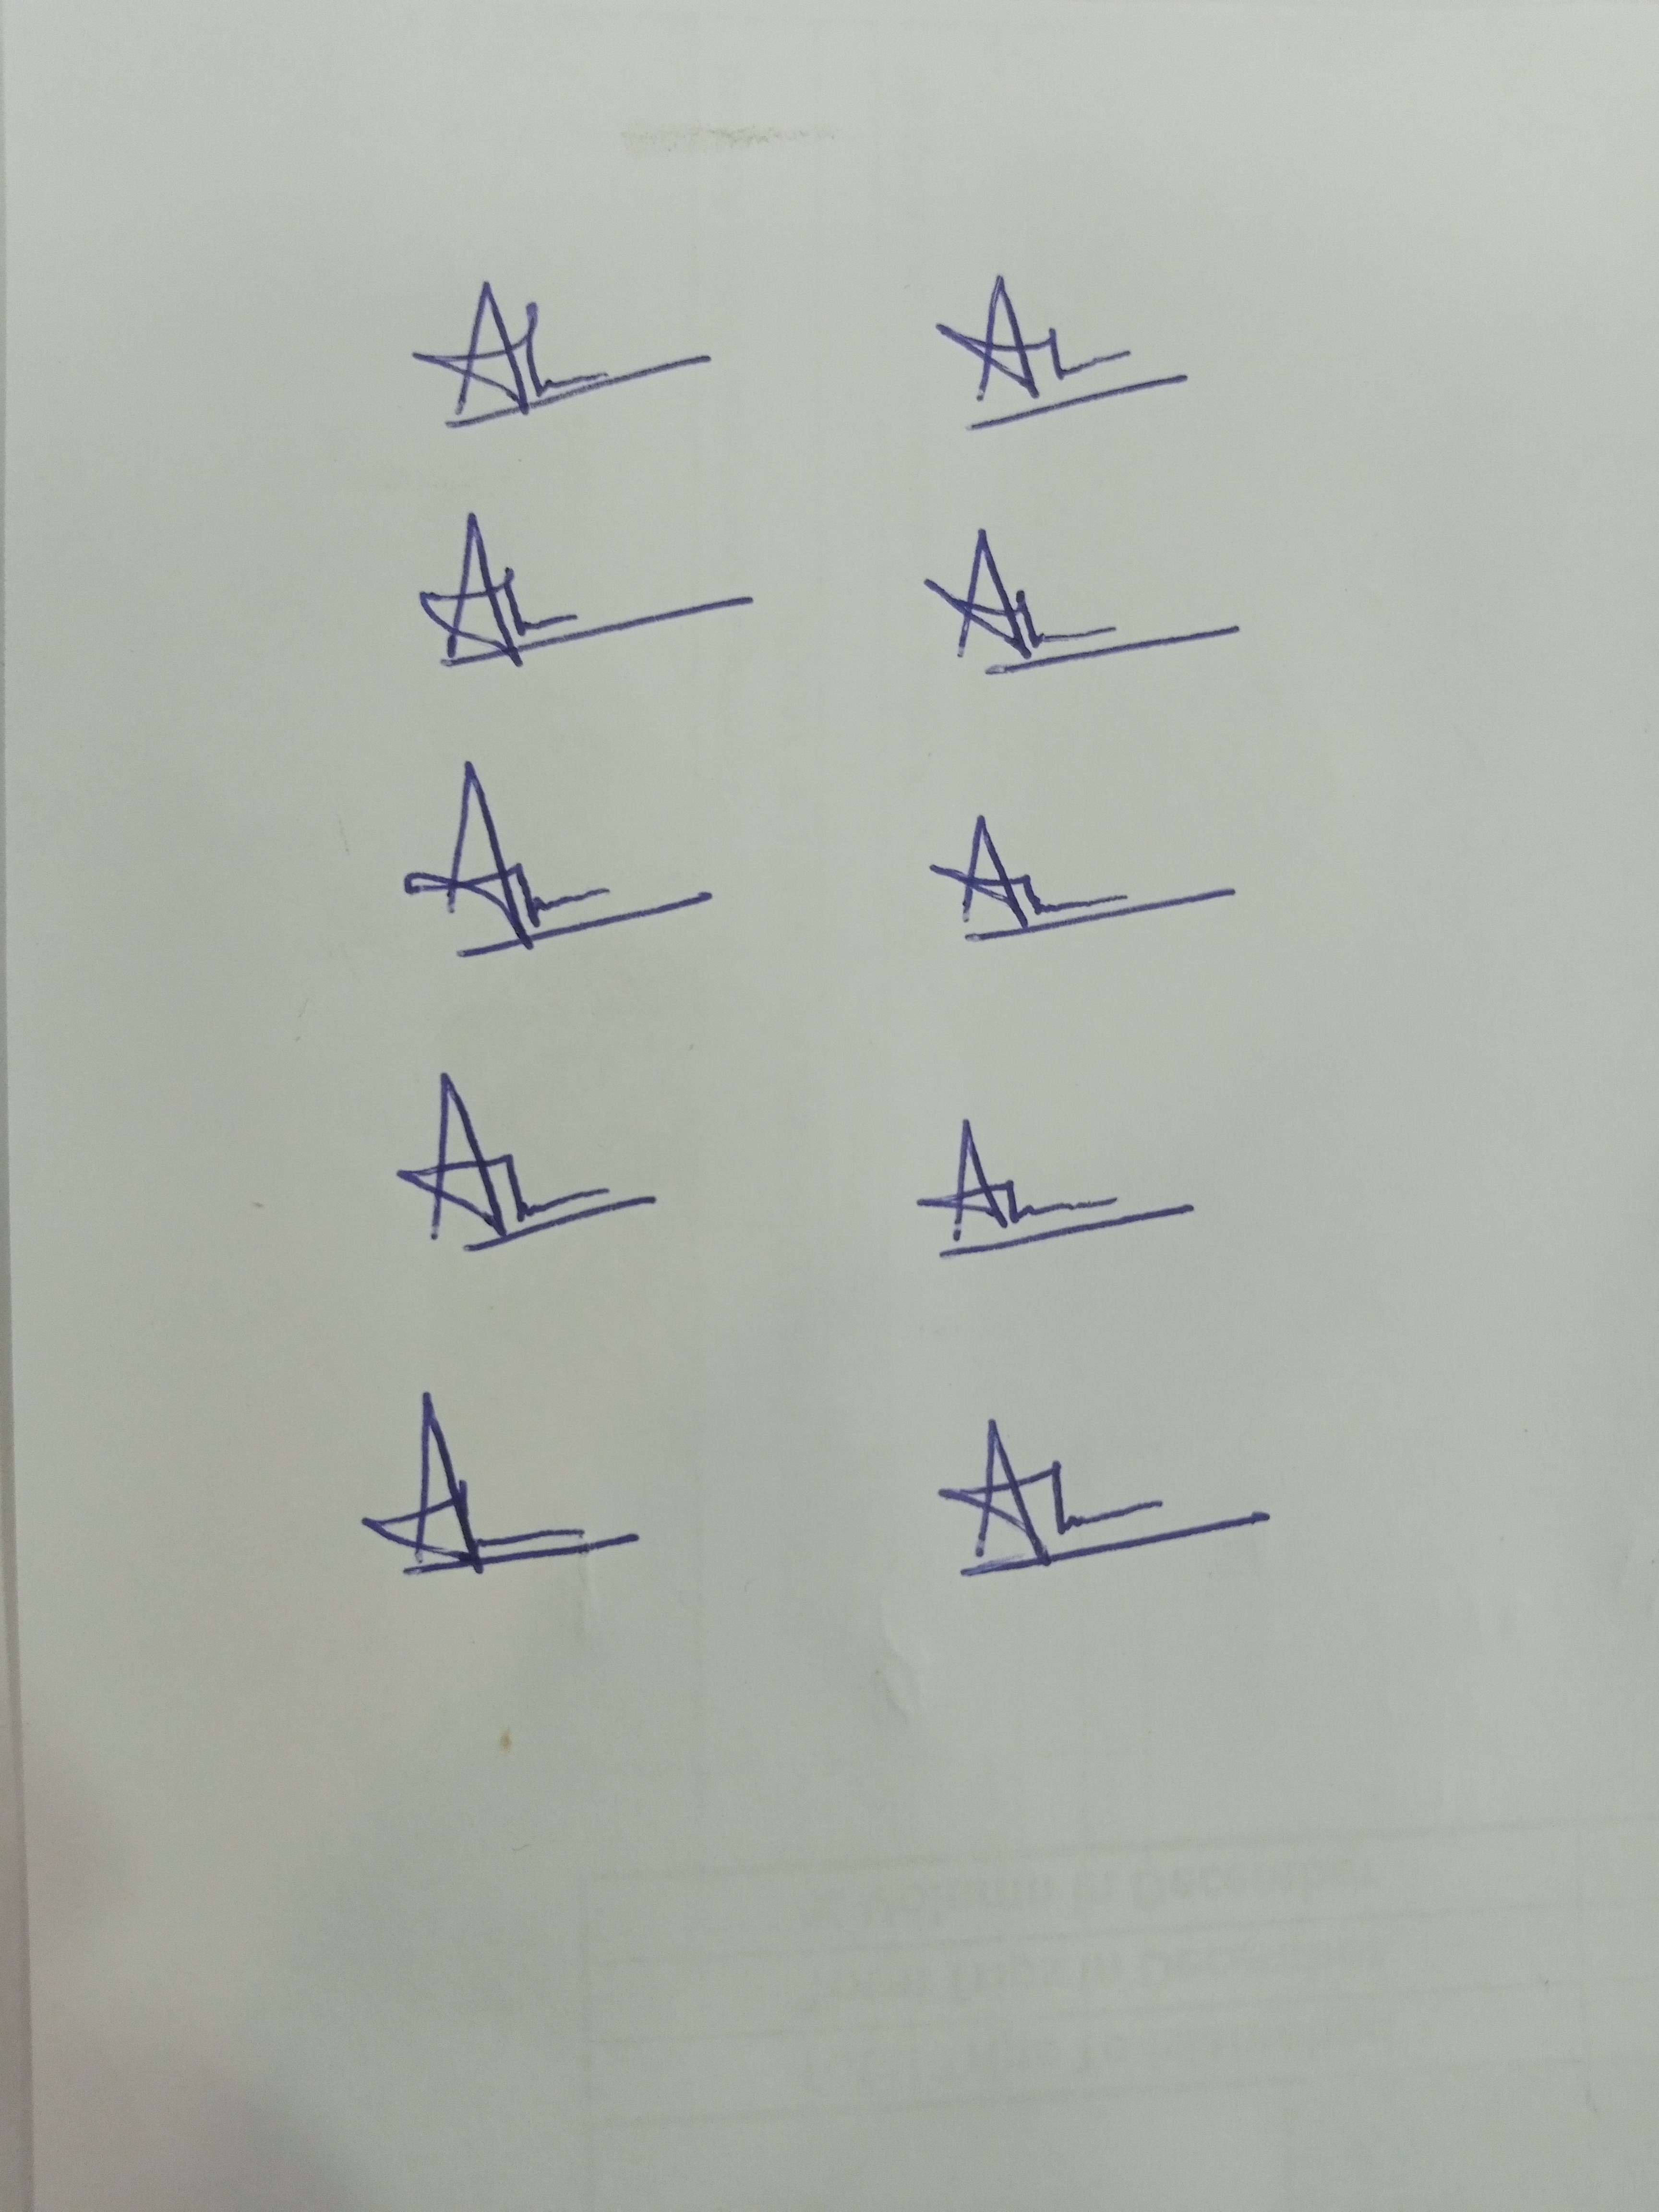
Signature authenticity: genuine